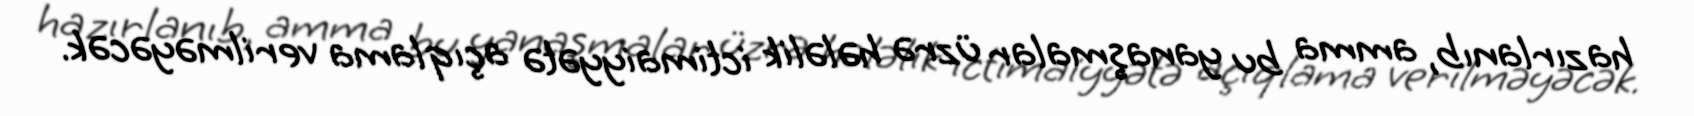
hazırlanıb, amma bu yanaşmalar üzrə hələlik ictimaiyyətə açıqlama verilməyəcək.